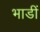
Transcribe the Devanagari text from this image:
भाडीं